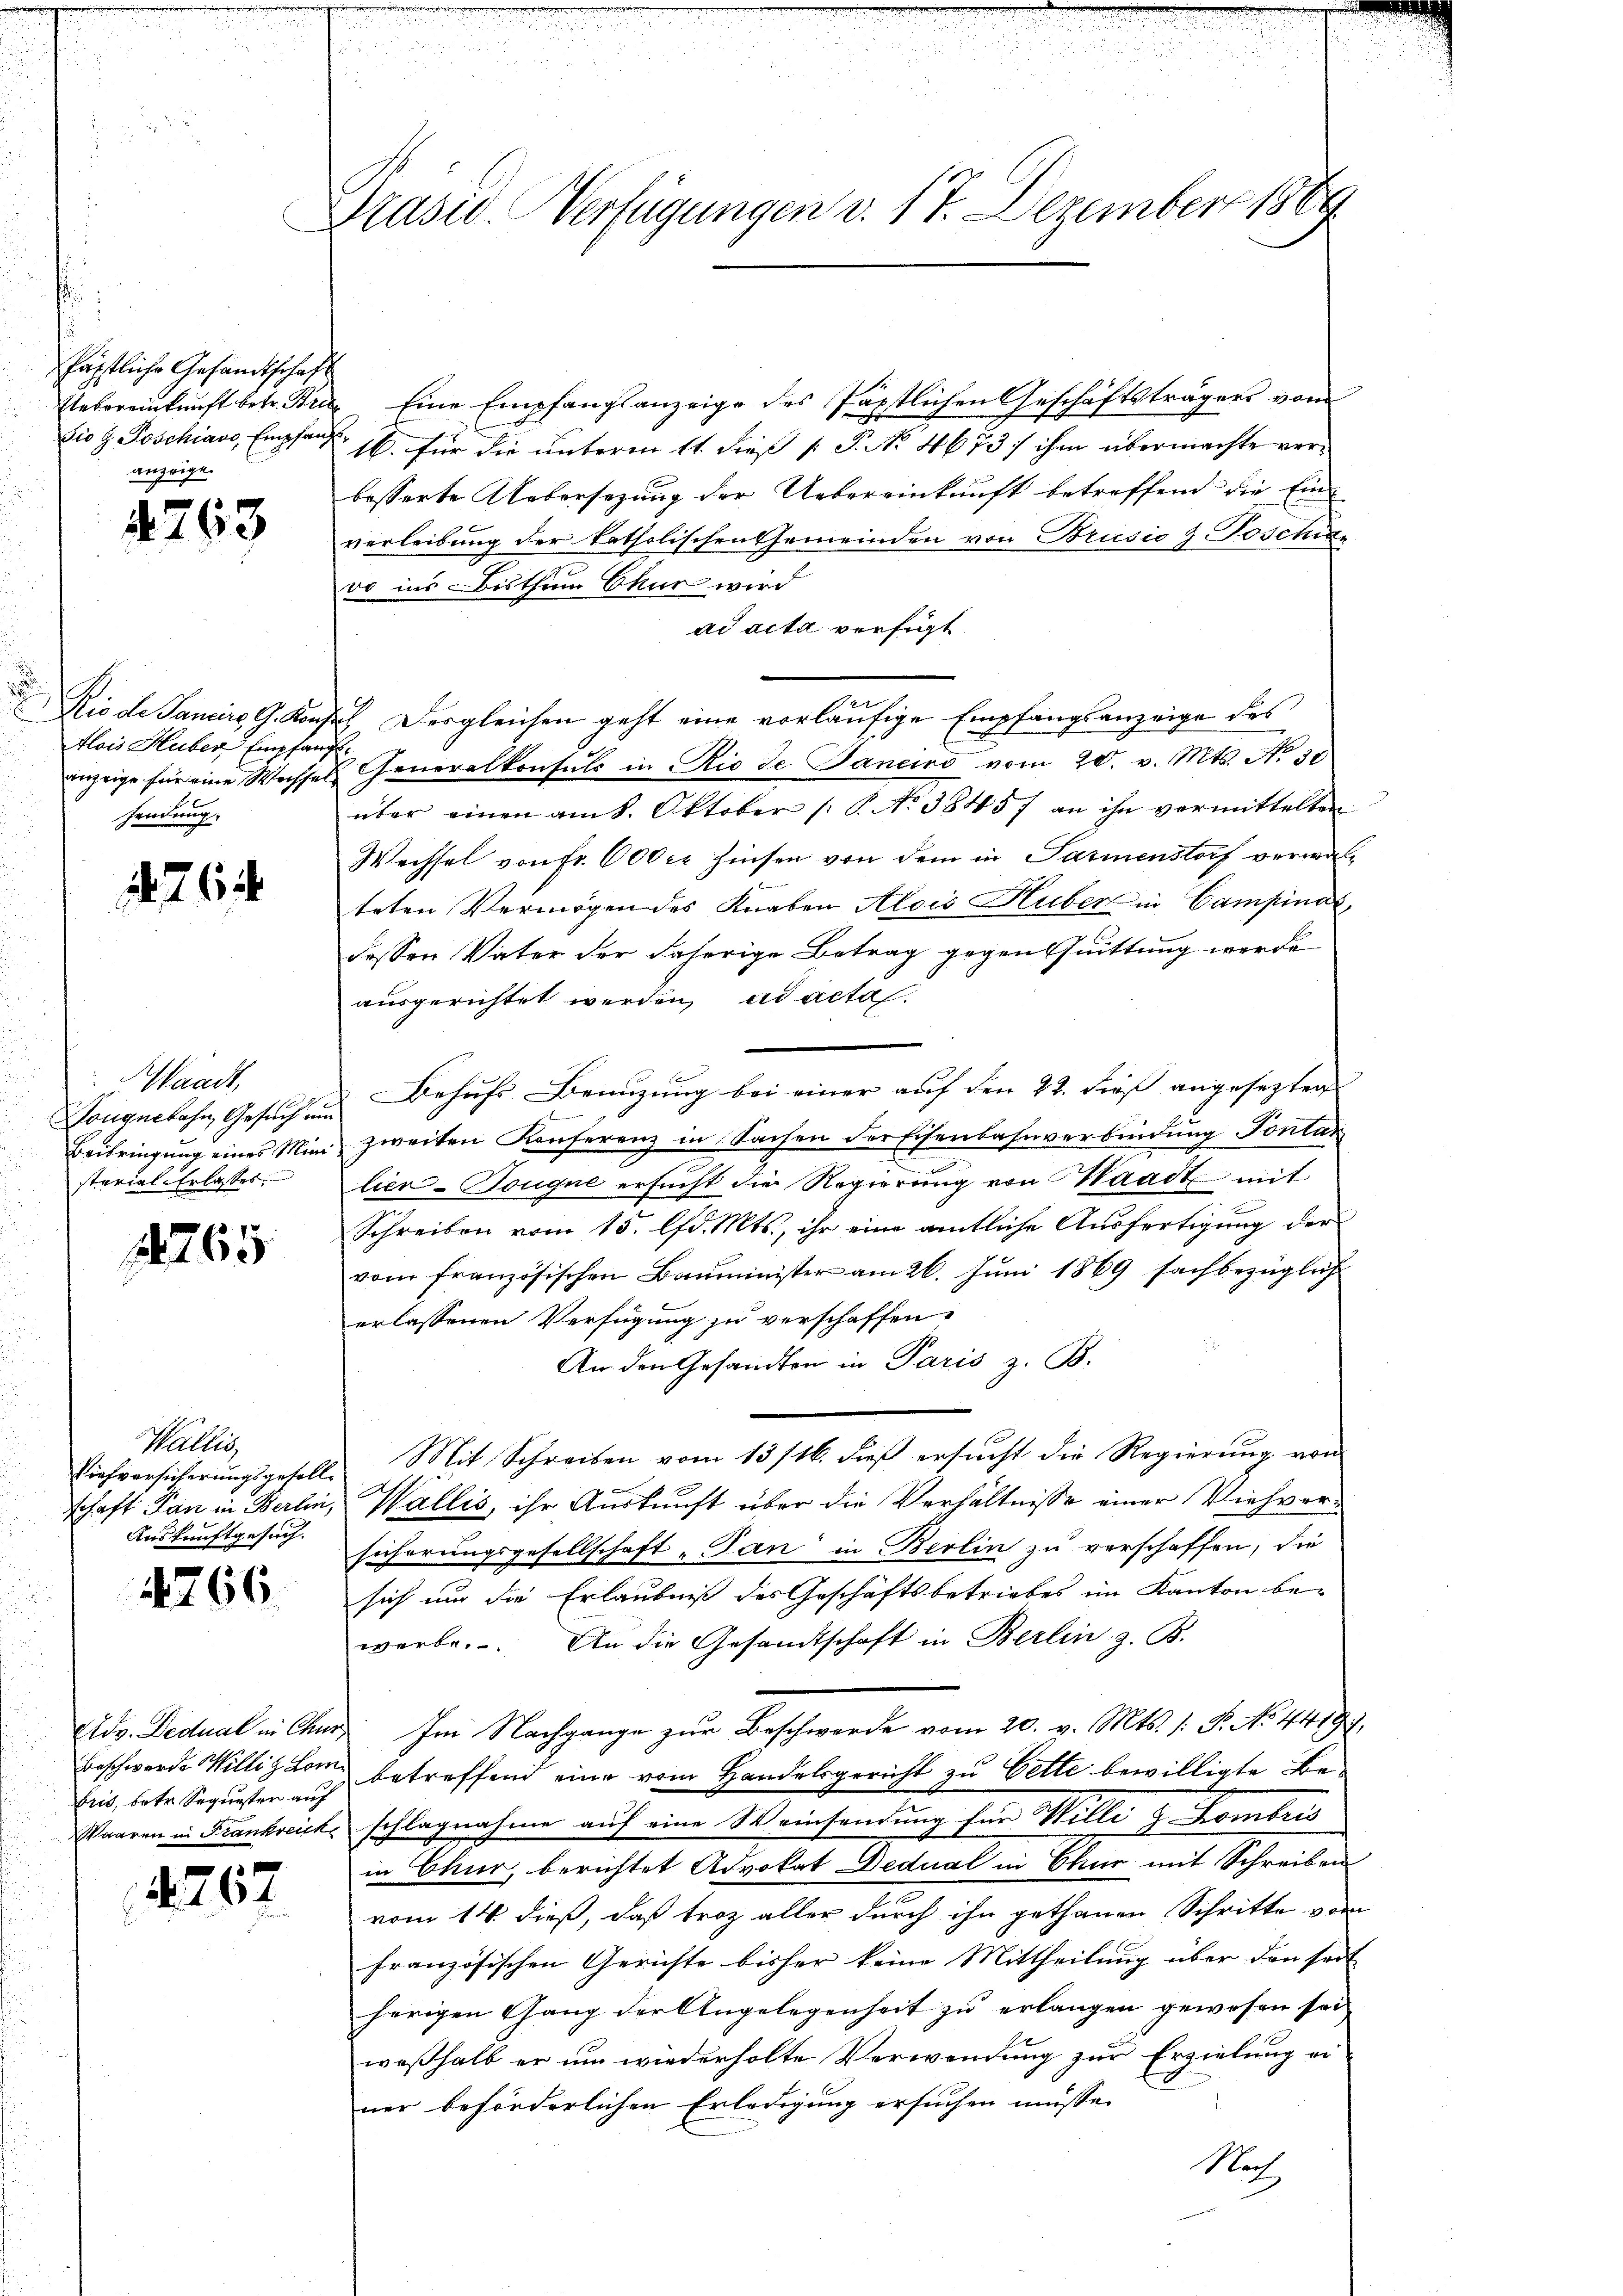
päpstliche Gesandtschaft
Etebereinkunft betr. Bris
Die z. Poschiavo, Empfang
anzeige.

4763

Rio de Sanciis G. Kanz
Alois Huber, Empfan
anzeige für eine Wechsel
sendung.

. 762.

Waadt,
onguekahn, Gesuch um
Beibringung eines Ministerial-Erlasses.

11765

Wallis,
Viehversicherungsgesell-
schaft Pan in Berlin,
Auskunftgesuch.

4766

Adv. Didual in Chur,
Beschwerde Williz Lom
bris, betr. Sequester auf
Waaren in Frankreich

2267

Präsid. Verfügungen v. 17. Dezember 1889

Eine Empfangsanzeige des Päpstlichen Geschäftsträgers vom
 16. für die unterm 11. dieß [ P. No 4673/ ihm übermachte verbesserte Uebersezung der Uebereinkunft betreffend die Einverleibung der katholischen Gemeinden von Brusio 2 Poschinvo ins Bisthum Chur wird
ad acta verfügt
 Desgleichen geht eine vorläufige Empfangsanzeige des
f
Generalkonsuls in Rio de Janeiro vom 20. v. Mts. No 30
über einen am k. Oktober (T. No 38457 an ihn vermittelten
Wechsel von Fr. 600 er hinsen von dem in Parmenstorf verwalteten Vermögen des Knaben Alois Huber in Campinat,
dessen Vater der daherige Betrag gegenssuittung werde
ausgerichtet werden, ad acta
Behufs Benuzung bei einer auf den 22. dieß angesezten
zweiten Konferenz in Sachen der Eisenbahnverbindung Fontar
lier-Touque ersucht die Regierung von Staadt mit
Schreiben vom 15. lfd. Mts., ihr eine amtliche Ausfertigung der
vom französischen Bauminister am 26. Juni 1869 sachbezüglich
erlassenen Verfügung zu verschaffen,
An den Gesandten in Paris z. B.
Mit Schreiben vom 13/16. dieß ersucht die Regierung von
Wallis, ihr Auskunft über die Verhältnisse einer Viehversicherungsgesellschaft, Tan in Berlin zu verschaffen, die
sich um die Erlaubniß des Geschäftsbetriebes im Kanton be-
werbe. An die Gesandtschaft in Berlin z. B.
Im Nachgange zur Beschwerde vom 20. v. Mts. 1: P. No. 44197,
betreffend eine vom Handelsgericht zu Bette bewilligte Beschlagnahme auf eine Weinsendung für Willi & Hombris
in Chur, berichtet Advokat Dedual in Chur mit Schreiben
vom 14. dieß, daß troz aller durch ihn gethanen Schritte vom
französischen Gerichte bisher keine Mittheilung über den seit
herigen Gang der Angelegenheit zu erlangen gewesen sei
weßhalb er um wiederholte Verwendung zur Erzielung einer beförderlichen Erledigung ersuchen müsse.
Nach